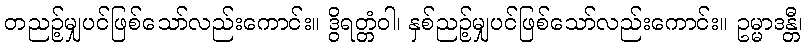
တညဉ့်မျှပင်ဖြစ်သော်လည်းကောင်း။ ဒွိရတ္တံဝါ၊ နှစ်ညဉ့်မျှပင်ဖြစ်သော်လည်းကောင်း။ ဥမ္မာဒန္တီ၊